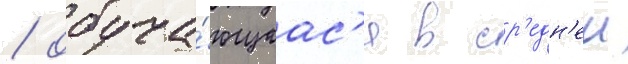
/ обуча́ющаас'я в ср'едн'еи